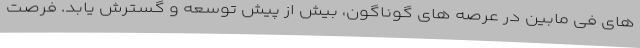
های فی مابین در عرصه های گوناگون، بیش از پیش توسعه و گسترش یابد. فرصت